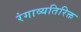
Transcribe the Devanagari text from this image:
रंगाव्यतिरिक्त